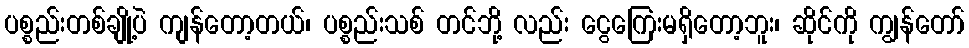
ပစ္စည်းတစ်ချို့ပဲ ကျန်တော့တယ်၊ ပစ္စည်းသစ် တင်ဘို့ လည်း ငွေကြေးမရှိတော့ဘူး၊ ဆိုင်ကို ကျွန်တော်